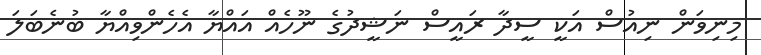
މިނިވަން ނިއުސް އަކީ ސީދާ ރައީސް ނަޝީދުގެ ނޫހެއް އައްޔާ އެހެންވިއްޔާ ބުނެބަލަ